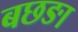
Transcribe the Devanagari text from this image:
बछङा